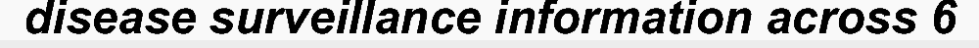
disease surveillance information across 6